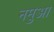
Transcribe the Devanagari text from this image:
नमुआ